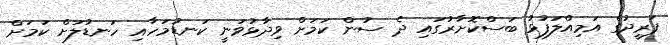
ފަރީދުގެ އަމިއްލަފުޅު ބަސްކޮށާރުގައި ދެ ސުން ކަމަށް ވިދާޅުވަނީ ކަނޑުމަހާއި ހަނޑުލަށް ކަމަށް